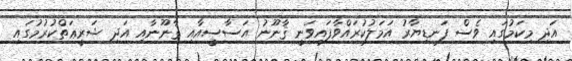
އަދި މިކަމުގައި ވެސް ފަނޑިޔާރު އަމަލުކުރައްވާފައިވަނީ ޤާނޫނު އަސާސީއާއި ޤާނޫނާއި އަދި ޝަރީޢަތްކުރުމުގައި